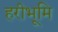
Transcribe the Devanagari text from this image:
हरीभूमि